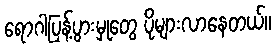
ရောဂါပြန့်ပွားမှုတွေ ပိုများလာနေတယ်။